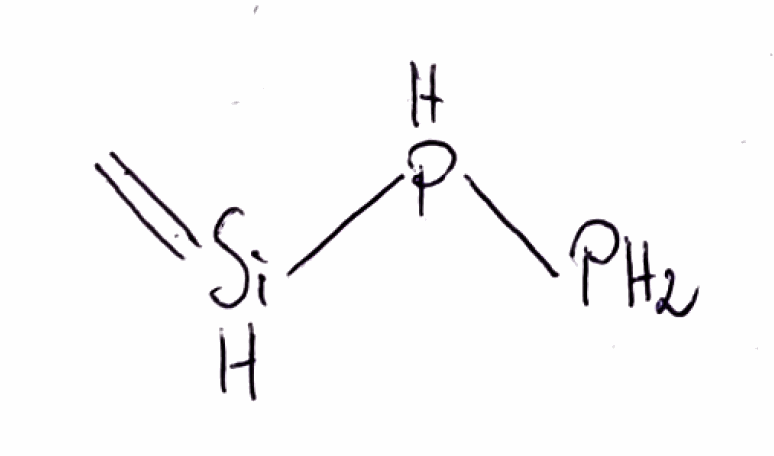
Simplified molecular-input line-entry system (SMILES) notation of the given molecule:
C=[SiH]PP